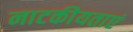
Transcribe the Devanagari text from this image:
नाटकीयताएं